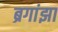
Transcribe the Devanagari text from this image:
ब्रगांझा